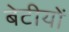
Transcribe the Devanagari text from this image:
बेटीयों